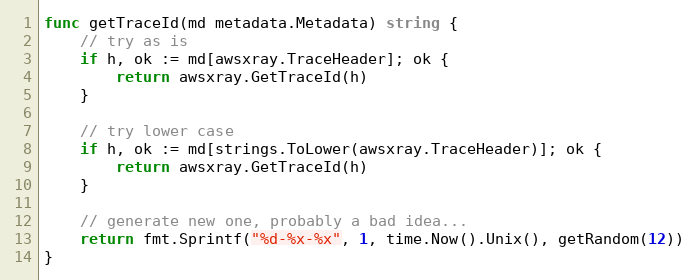
Language: Go
func getTraceId(md metadata.Metadata) string {
	// try as is
	if h, ok := md[awsxray.TraceHeader]; ok {
		return awsxray.GetTraceId(h)
	}

	// try lower case
	if h, ok := md[strings.ToLower(awsxray.TraceHeader)]; ok {
		return awsxray.GetTraceId(h)
	}

	// generate new one, probably a bad idea...
	return fmt.Sprintf("%d-%x-%x", 1, time.Now().Unix(), getRandom(12))
}